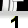
Digit: 1